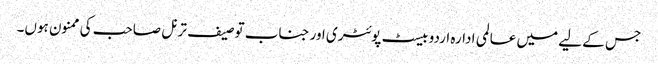
جس کے لیے میں عالمی ادارہ اردو بیسٹ پوئٹری اور جناب توصیف ترنل صاحب کی ممنون ہوں۔